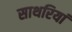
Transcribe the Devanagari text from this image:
साथरियां